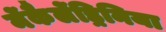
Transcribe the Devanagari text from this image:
मेंकैलेंड्रिनिया